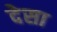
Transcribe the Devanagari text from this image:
देसा